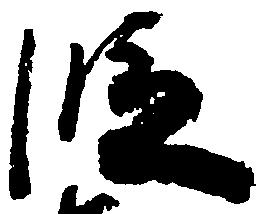
段